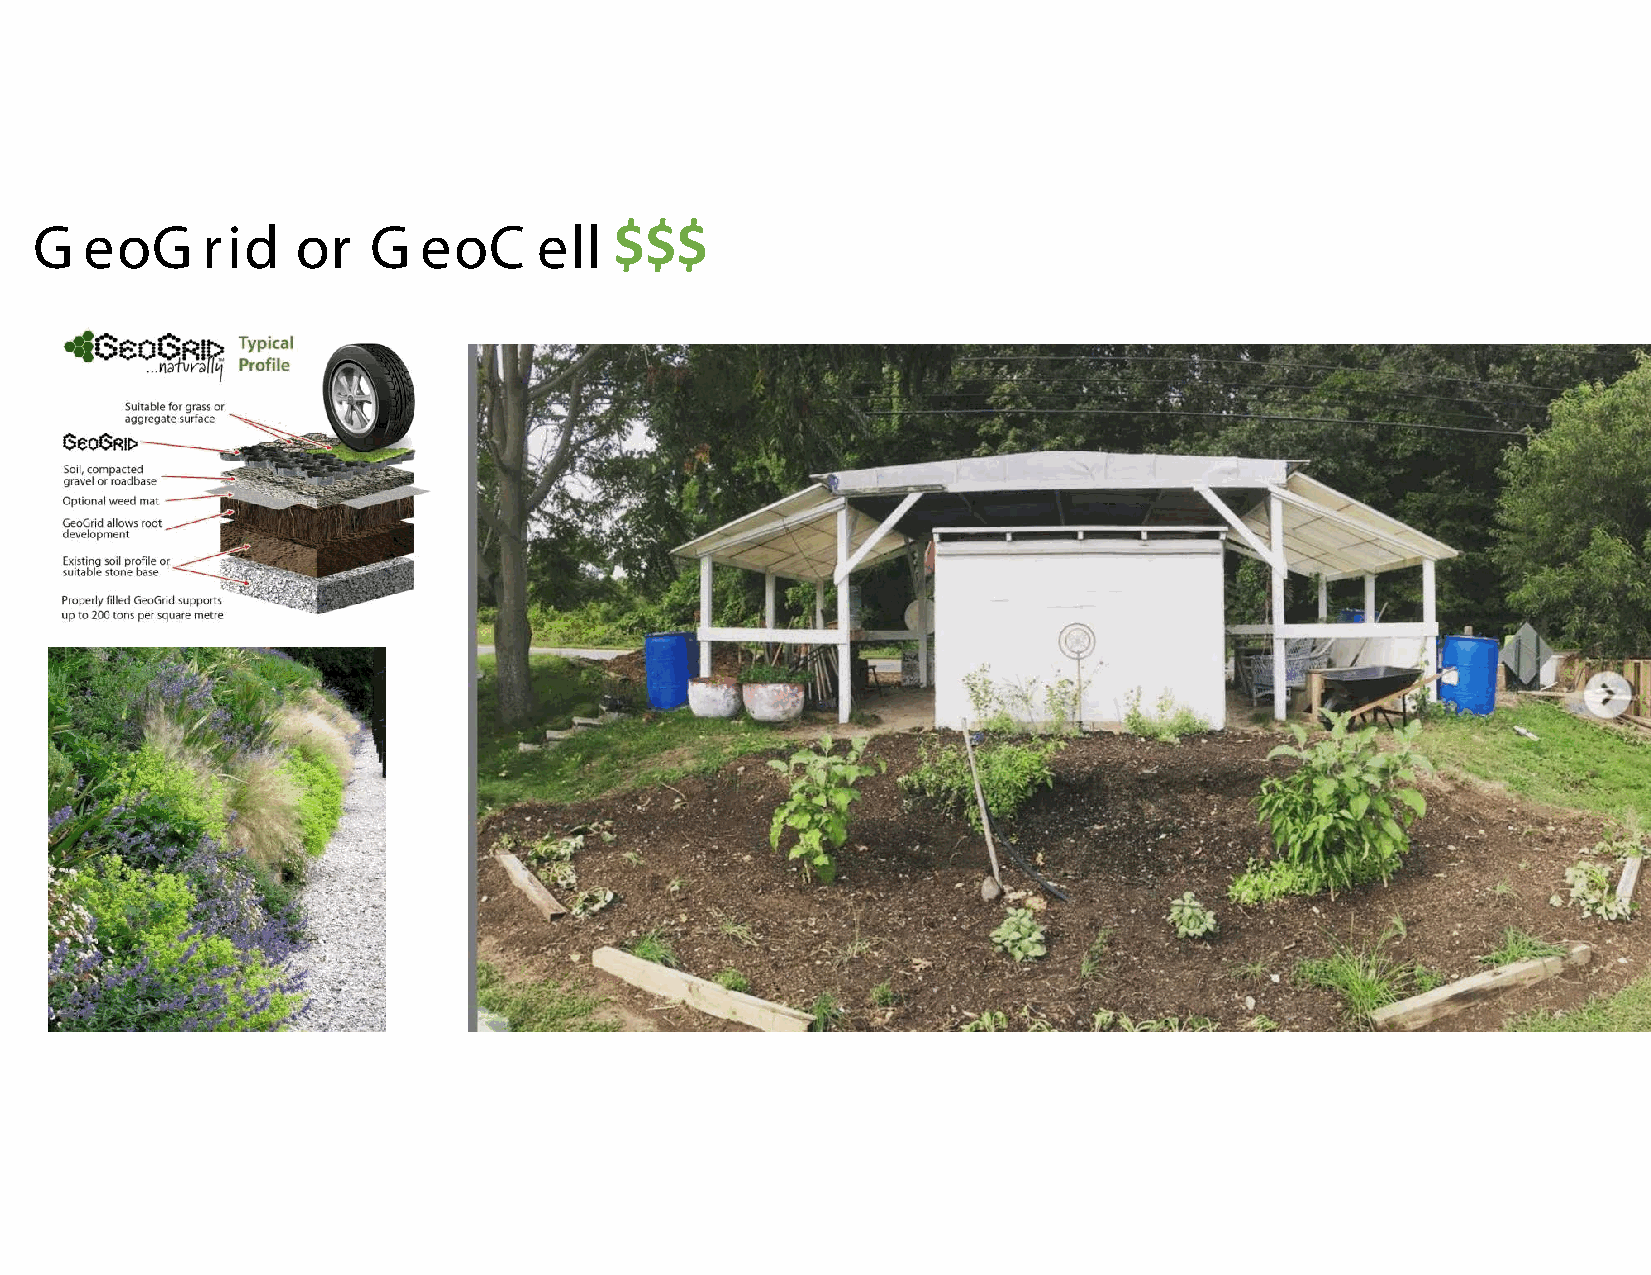
G   eoG    rid    or  G   eoC     ell  $$$